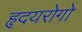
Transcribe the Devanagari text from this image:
हृदयरोगो